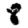
Digit: 8